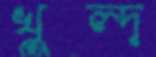
খুল্দ